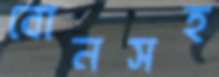
বোনসহ